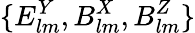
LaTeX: {\{ E_{lm}^{Y},B_{lm}^{X},B_{lm}^{Z}\} }